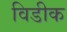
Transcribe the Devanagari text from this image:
विडीक